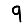
Digit: 9